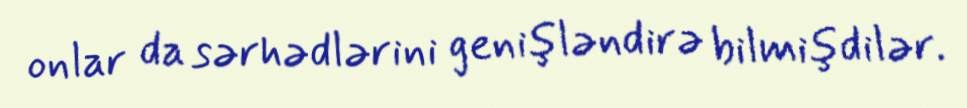
onlar da sərhədlərini genişləndirə bilmişdilər.